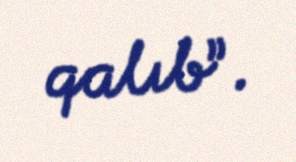
qalıb”.